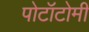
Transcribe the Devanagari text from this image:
पोटॉटोमी